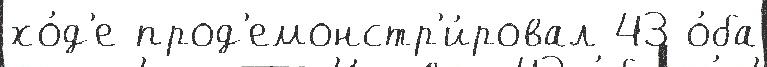
хо́д'е прод'емонстр'и́ровал 43 о́ба